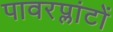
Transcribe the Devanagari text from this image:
पावरप्लांटों